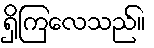
ရှိကြလေသည်။